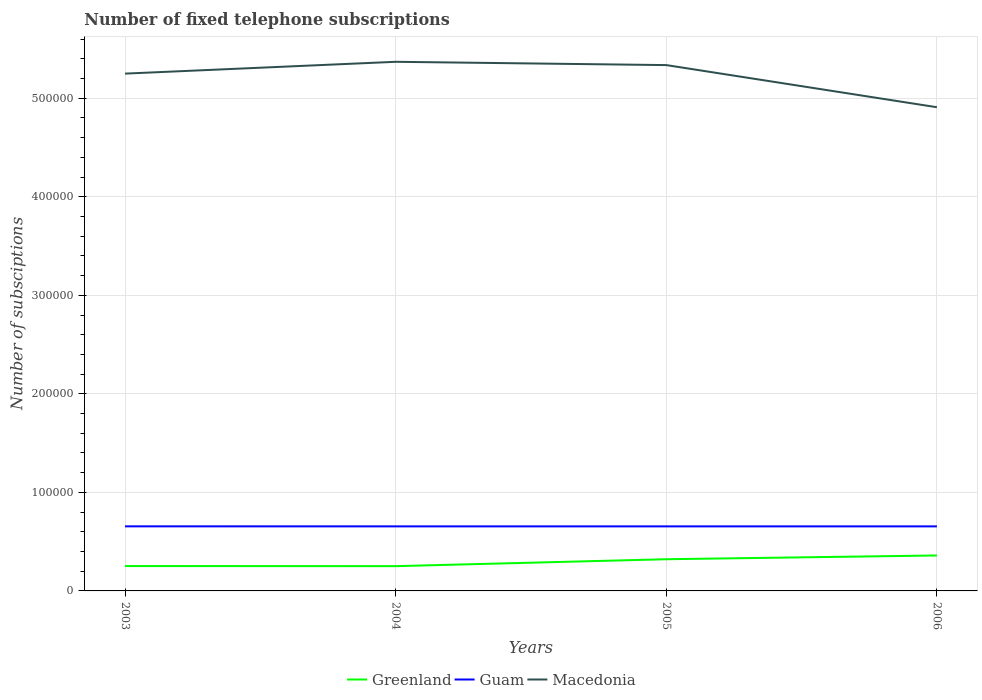
| Years | Greenland | Guam | Macedonia |
 | --- | --- | --- | --- |
 | 2003 | 2.52e+04 | 6.55e+04 | 5.25e+05 |
 | 2004 | 2.51e+04 | 6.55e+04 | 5.37e+05 |
 | 2005 | 3.22e+04 | 6.55e+04 | 5.34e+05 |
 | 2006 | 3.6e+04 | 6.55e+04 | 4.91e+05 |